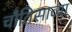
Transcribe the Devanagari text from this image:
चौतिसाव्या